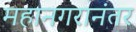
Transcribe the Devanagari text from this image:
महानगरानंतर